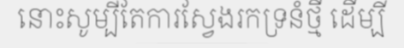
នោះសូម្បីតែការស្វែងរកទ្រនំថ្មី ដើម្បី